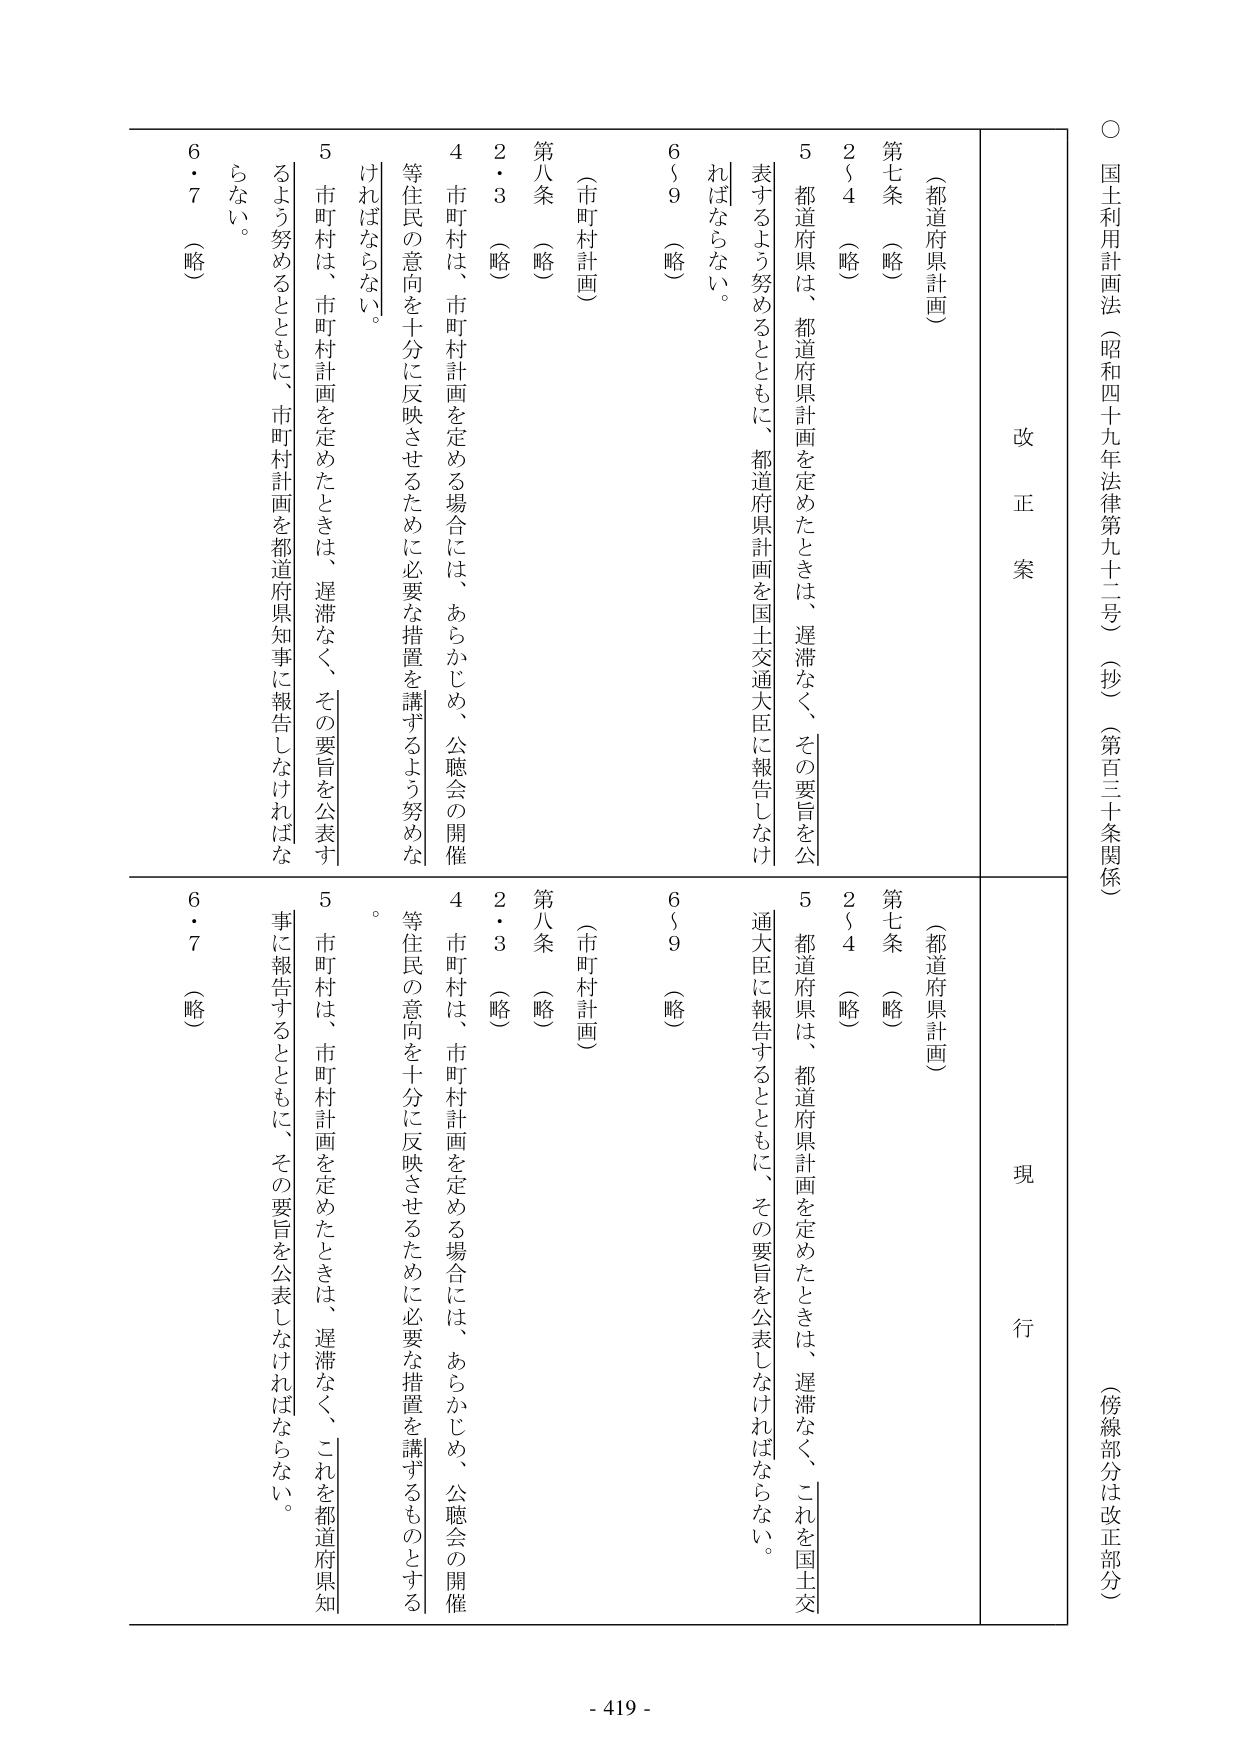
○ 国土利用計画法（昭和四十九年法律第九十二号）（抄）（第三十条関係）（傍線部分は改正部分）

改正案

（都道府県計画）

第七条 （略）

２～４ （略）

５ 都道府県は、都道府県計画を定めたときは、遅滞なく、その要旨を公表するよう努めるとともに、都道府県計画を国土交通大臣に報告しなければならない。

６～９ （略）

（市町村計画）

第八条 （略）

２・３ （略）

４ 市町村は、市町村計画を定める場合には、あらかじめ、公聴会の開催等住民の意向を十分に反映させるために必要な措置を講ずるよう努めなければならない。

５ 市町村は、市町村計画を定めたときは、遅滞なく、その要旨を公表するよう努めるとともに、市町村計画を都道府県知事に報告しなければならない。

６・７ （略）

現行

（都道府県計画）

第七条 （略）

２～４ （略）

５ 都道府県は、都道府県計画を定めたときは、遅滞なく、これを国土交通大臣に報告するとともに、その要旨を公表しなければならない。

６～９ （略）

（市町村計画）

第八条 （略）

２・３ （略）

４ 市町村は、市町村計画を定める場合には、あらかじめ、公聴会の開催等住民の意向を十分に反映させるために必要な措置を講ずるものとする。

５ 市町村は、市町村計画を定めたときは、遅滞なく、これを都道府県知事に報告するとともに、その要旨を公表しなければならない。

６・７ （略）

- 419 -